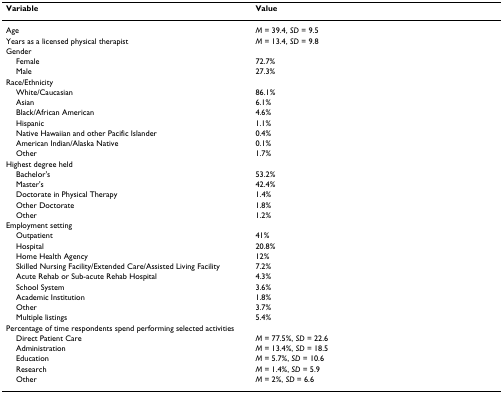
| Variable | Value |
 | --- | --- |
 | Age | M = 39.4, SD = 9.5 |
 | Years as a licensed physical therapist | M = 13.4, SD = 9.8 |
 | Gender |  |
 | Female | 72.7% |
 | Male | 27.3% |
 | Race/Ethnicity |  |
 | White/Caucasian | 86.1% |
 | Asian | 6.1% |
 | Black/African American | 4.6% |
 | Hispanic | 1.1% |
 | Native Hawaiian and other Pacific Islander | 0.4% |
 | American Indian/Alaska Native | 0.1% |
 | Other | 1.7% |
 | Highest degree held |  |
 | Bachelor's | 53.2% |
 | Master's | 42.4% |
 | Doctorate in Physical Therapy | 1.4% |
 | Other Doctorate | 1.8% |
 | Other | 1.2% |
 | Employment setting |  |
 | Outpatient | 41% |
 | Hospital | 20.8% |
 | Home Health Agency | 12% |
 | Skilled Nursing Facility/Extended Care/Assisted Living Facility | 7.2% |
 | Acute Rehab or Sub-acute Rehab Hospital | 4.3% |
 | School System | 3.6% |
 | Academic Institution | 1.8% |
 | Other | 3.7% |
 | Multiple listings | 5.4% |
 | Percentage of time respondents spend performing selected activities |  |
 | Direct Patient Care | M = 77.5%, SD = 22.6 |
 | Administration | M = 13.4%, SD = 18.5 |
 | Education | M = 5.7%, SD = 10.6 |
 | Research | M = 1.4%, SD = 5.9 |
 | Other | M = 2%, SD = 6.6 |